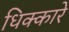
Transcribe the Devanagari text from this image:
धिक्कारे